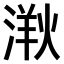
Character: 𣺸